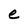
Character: e